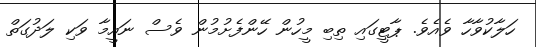
ހަލާކުވާހާ ވެއެވެ. ޕާޓީގައި ތިބި މީހުން ހޭންފެށުމުން ވެސް ނައީމާ ވަކި ލަދުގަތް